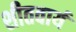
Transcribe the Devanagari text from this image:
शीतवार्य